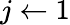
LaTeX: j\leftarrow 1